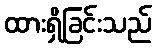
ထားရှိခြင်းသည်